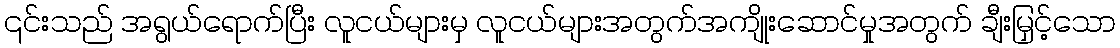
၎င်းသည် အရွယ်ရောက်ပြီး လူငယ်များမှ လူငယ်များအတွက်အကျိုးဆောင်မှုအတွက် ချီးမြှင့်သော